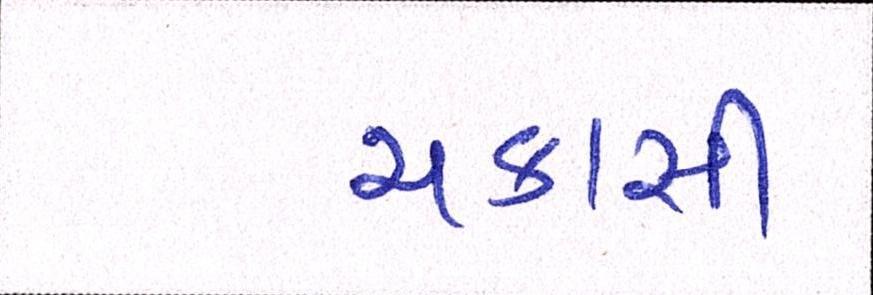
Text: ચકાસી